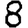
Digit: 8